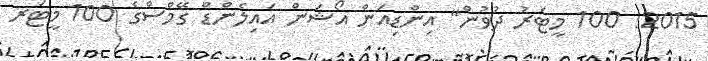
2015: 100 މީޓަރު ދުވުން" އިންޑިއަން އޯޝަން އައިލެންޑް ގޭމްސްގެ 100 މީޓަރ